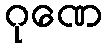
ဂုဏေ